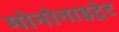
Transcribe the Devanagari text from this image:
मोनोनाइट्रेट